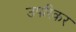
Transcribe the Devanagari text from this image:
उपरिकर